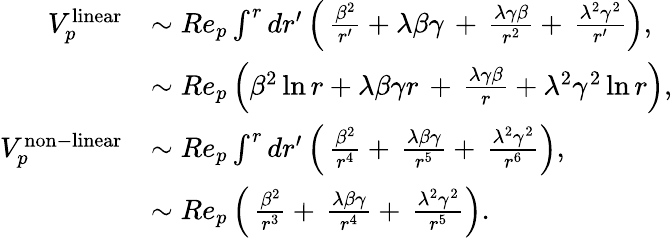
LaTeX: \begin{array}{rl}{V_{p}^{\mathrm{linear}}}&{\sim Re_{p}\int^{r}dr^{\prime}\left(\, \frac{\beta^{2}}{r^{\prime}}+\lambda\beta\gamma\, +\, \frac{\lambda\gamma\beta}{r^{2}}+\, \frac{\lambda^{2}\gamma^{2}}{r^{\prime}}\right),}\\ &{\sim Re_{p}\left(\beta^{2}\ln r+\lambda\beta\gamma r\, +\, \frac{\lambda\gamma\beta}{r}+\lambda^{2}\gamma^{2}\ln r\right),}\\ {V_{p}^{\mathrm{non-linear}}}&{\sim Re_{p}\int^{r}dr^{\prime}\left(\, \frac{\beta^{2}}{r^{4}}+\, \frac{\lambda\beta\gamma}{r^{5}}+\, \frac{\lambda^{2}\gamma^{2}}{r^{6}}\right),}\\ &{\sim Re_{p}\left(\, \frac{\beta^{2}}{r^{3}}+\, \frac{\lambda\beta\gamma}{r^{4}}+\, \frac{\lambda^{2}\gamma^{2}}{r^{5}}\right).}\end{array}